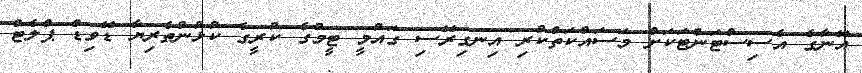
އޭނާގެ އެސިސްޓަންޓަކަށް މަސައްކަތްކުރި އިނގިރޭސި ގައުމީ ޓީމުގެ ކުރީގެ ކުޅުންތެރިޔާ ޑޭވިޑް ޕްލެޓް